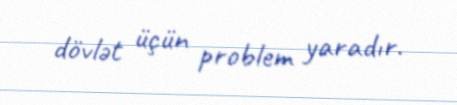
dövlət üçün problem yaradır.